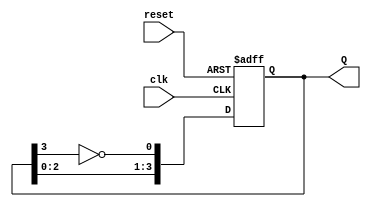
module async_johnson_counter (
    input wire clk,          // Clock signal
    input wire reset,        // Asynchronous reset signal
    output reg [3:0] Q       // 4-bit output
);

    // Parameter for the number of flip-flops
    parameter N = 4;

    // Asynchronous reset and state transition
    always @(posedge clk or posedge reset) begin
        if (reset) begin
            Q <= 4'b0000; // Reset the counter to 0000
        end else begin
            // Johnson counter logic
            Q[0] <= ~Q[N-1]; // Invert the last flip-flop output and feed to the first
            Q[1] <= Q[0];    // Shift the state
            Q[2] <= Q[1];    // Shift the state
            Q[3] <= Q[2];    // Shift the state
        end
    end

endmodule